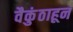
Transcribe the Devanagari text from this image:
वैकुंठाहून